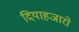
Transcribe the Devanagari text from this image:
दियाहजारो